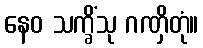
နေဝ သက္ခိံသု ဂဏှိတုံ။